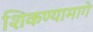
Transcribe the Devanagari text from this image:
शिकण्यामागे